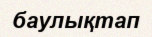
баулықтап